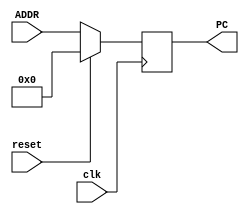
module pc (	input [31:0] ADDR,	input wire clk, input wire reset, output reg [31:0] PC);	
always @ (posedge clk)
begin
	if (reset) PC =0;
	else PC = ADDR;
end
endmodule